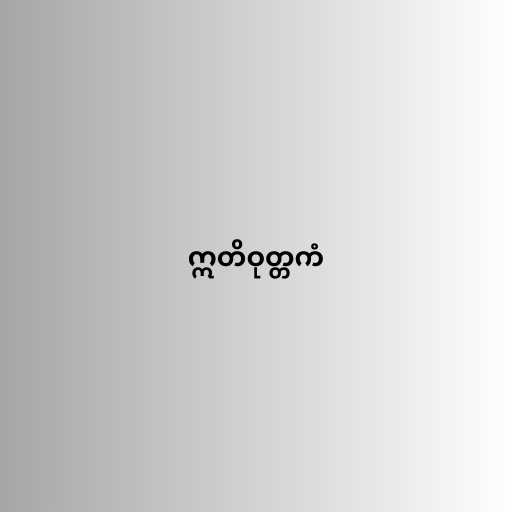
ဣတိဝုတ္တကံ